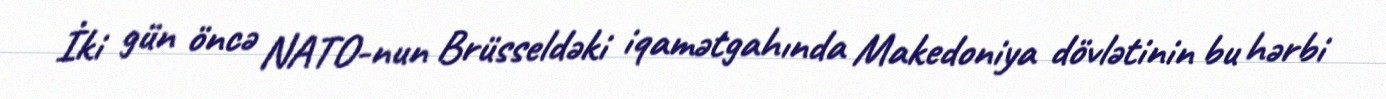
İki gün öncə NATO-nun Brüsseldəki iqamətgahında Makedoniya dövlətinin bu hərbi